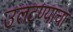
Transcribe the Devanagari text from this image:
उलटण्याचा